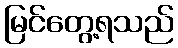
မြင်တွေ့ရသည်